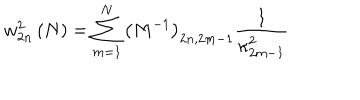
LaTeX: w _ { 2 n } ^ { 2 } \left( N \right) = \sum _ { m = 1 } ^ { N } \left( M ^ { - 1 } \right) _ { 2 n , 2 m - 1 } \frac { 1 } { \kappa _ { 2 m - 1 } ^ { 2 } }